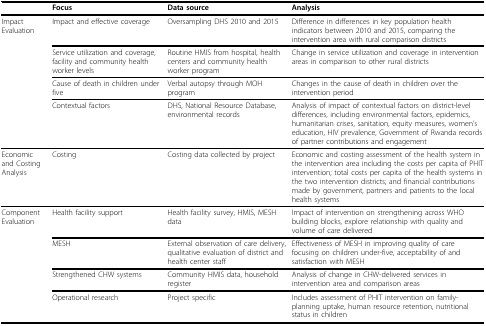
<table><thead><tr><td></td><td><b>Focus</b></td><td><b>Data source</b></td><td><b>Analysis</b></td></tr></thead><tbody><tr><td>Impact Evaluation</td><td>Impact and effective coverage</td><td>Oversampling DHS 2010 and 2015</td><td>Difference in differences in key population health indicators between 2010 and 2015, comparing the intervention area with rural comparison districts</td></tr><tr><td></td><td>Service utilization and coverage, facility and community health worker levels</td><td>Routine HMIS from hospital, health centers and community health worker program</td><td>Change in service utilization and coverage in intervention areas in comparison to other rural districts</td></tr><tr><td></td><td>Cause of death in children under five</td><td>Verbal autopsy through MOH program</td><td>Changes in the cause of death in children over the intervention period</td></tr><tr><td></td><td>Contextual factors</td><td>DHS, National Resource Database, environmental records</td><td>Analysis of impact of contextual factors on district-level differences, including environmental factors, epidemics, humanitarian crises, sanitation, equity measures, women&#x27;s education, HIV prevalence, Government of Rwanda records of partner contributions and engagement</td></tr><tr><td>Economic and Costing Analysis</td><td>Costing</td><td>Costing data collected by project</td><td>Economic and costing assessment of the health system in the intervention area including the costs per capita of PHIT intervention; total costs per capita of the health systems in the two intervention districts; and financial contributions made by government, partners and patients to the local health systems</td></tr><tr><td>Component Evaluation</td><td>Health facility support</td><td>Health facility survey, HMIS, MESH data</td><td>Impact of intervention on strengthening across WHO building blocks, explore relationship with quality and volume of care delivered</td></tr><tr><td></td><td>MESH</td><td>External observation of care delivery, qualitative evaluation of district and health center staff</td><td>Effectiveness of MESH in improving quality of care focusing on children under-five, acceptability of and satisfaction with MESH</td></tr><tr><td></td><td>Strengthened CHW systems</td><td>Community HMIS data, household register</td><td>Analysis of change in CHW-delivered services in intervention area and comparison areas</td></tr><tr><td></td><td>Operational research</td><td>Project specific</td><td>Includes assessment of PHIT intervention on family-planning uptake, human resource retention, nutritional status in children</td></tr></tbody></table>